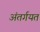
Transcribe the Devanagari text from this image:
अंतर्गयत